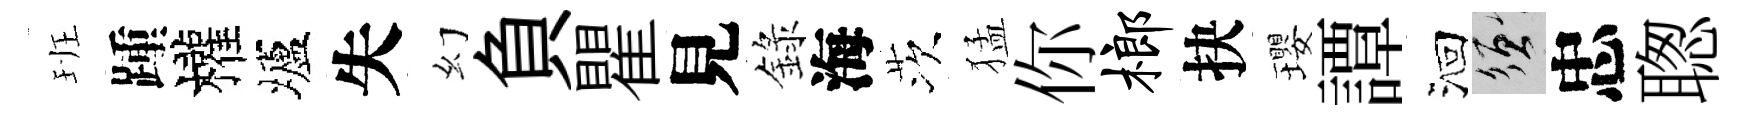
班踵權壚失幻負瞿見錄海茨猛你榔抉瓔譚洄須忠聦